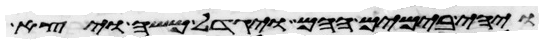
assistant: ויהי בימים ההם ויגדל משה ויצא